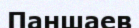
Паншаев